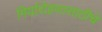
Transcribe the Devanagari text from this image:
गिर्यारोहणासाठीचे